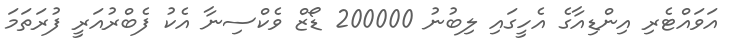
އަވައްޓެރި އިންޑިއާގެ އެހީގައި ލިބުނު 200000 ޑޯޒް ވެކްސިނާ އެކު ފެބްރުއަރީ ފުރަތަމަ